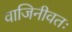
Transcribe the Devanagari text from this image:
वाजिनीवतः